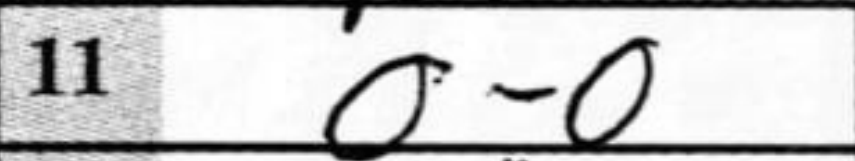
Transcription: O-O